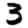
Digit: 3